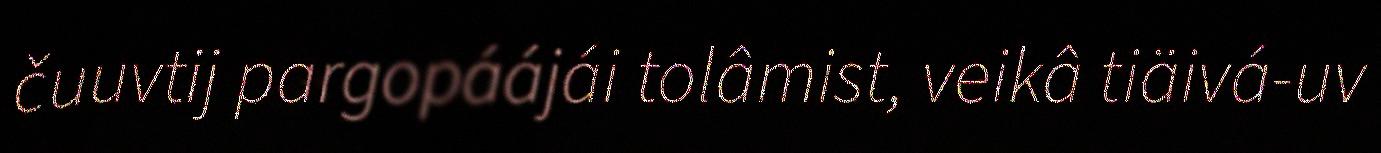
čuuvtij pargopáájái tolâmist, veikâ tiäivá-uv